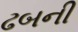
ઢબની